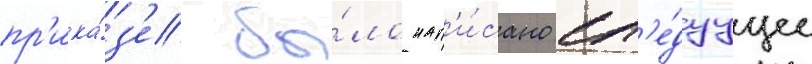
пр'ика́з'е бы́ло нап'и́сано сл'е́дуущее